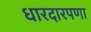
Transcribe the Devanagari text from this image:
धारदारपणा